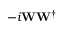
- i \mathbf { W } \mathbf { W } ^ { \dagger }